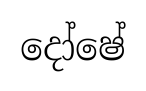
දෝෂේ